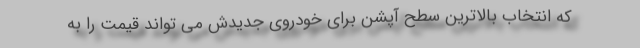
که انتخاب بالاترین سطح آپشن برای خودروی جدیدش می تواند قیمت را به